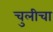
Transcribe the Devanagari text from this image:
चुलीचा